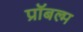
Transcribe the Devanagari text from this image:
प्रॉबल्म